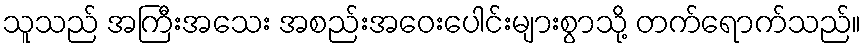
သူသည် အကြီးအသေး အစည်းအဝေးပေါင်းများစွာသို့ တက်ရောက်သည်။